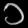
Digit: ၁